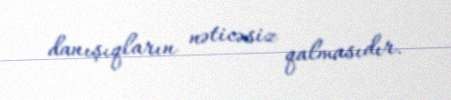
danışıqların nəticəsiz qalmasıdır.